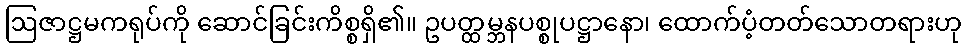
ဩဇာဋ္ဌမကရုပ်ကို ဆောင်ခြင်းကိစ္စရှိ၏။ ဥပတ္ထမ္ဘနပစ္စုပဋ္ဌာနော၊ ထောက်ပံ့တတ်သောတရားဟု